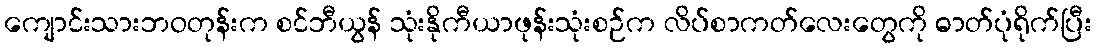
ကျောင်းသားဘဝတုန်းက စင်ဘီယွန် သုံးနိုကီယာဖုန်းသုံးစဉ်က လိပ်စာကတ်လေးတွေကို ဓာတ်ပုံရိုက်ပြီး